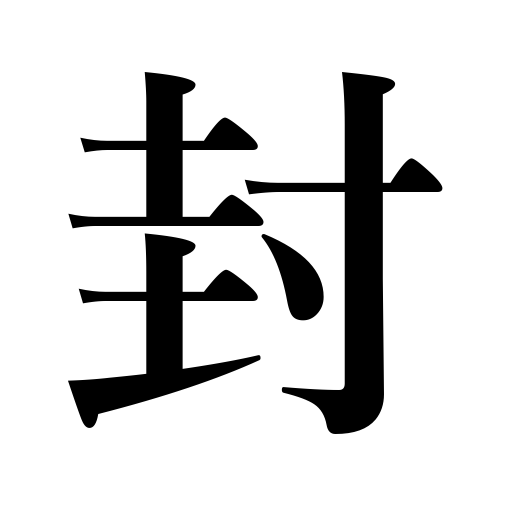
Meanings: fief,sealing,seal,closing